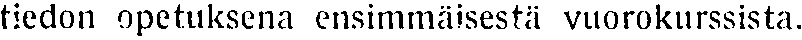
tiedon opetuksena ensimmäisestä vuorokurssista.